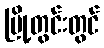
မြို့တွင်းတွင်